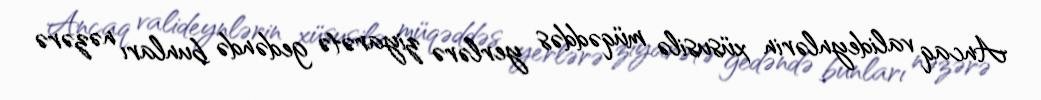
Ancaq valideynlərin xüsusilə müqəddəs yerlərə ziyarətə gedəndə bunları nəzərə